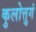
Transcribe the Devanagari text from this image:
कुलोत्तुगं